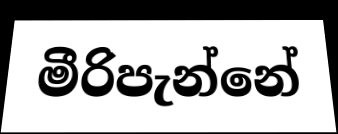
මීරිපැන්නේ